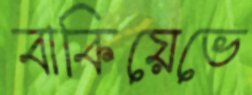
বাকিয়েভে